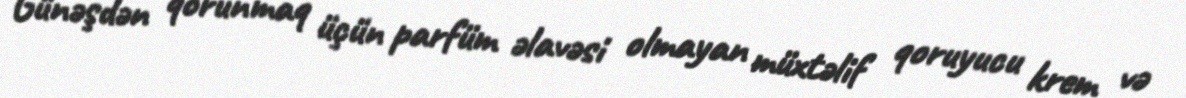
Günəşdən qorunmaq üçün parfüm əlavəsi olmayan müxtəlif qoruyucu krem və